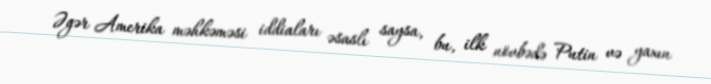
Əgər Amerika məhkəməsi iddiaları əsaslı saysa, bu, ilk növbədə Putin və yaxın